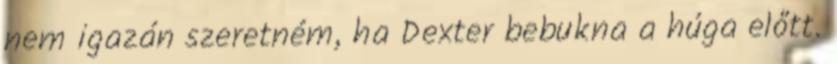
nem igazán szeretném, ha Dexter bebukna a húga előtt.